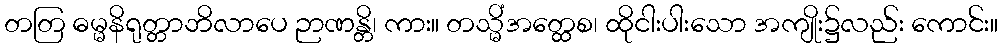
တတြ ဓမ္မနိရုတ္တာဘိလာပေ ဉာဏန္တိ၊ ကား။ တသ္မိံအတ္ထေစ၊ ထိုငါးပါးသော အကျိုး၌လည်း ကောင်း။